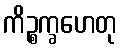
ကိဉ္စက္ခဟေတု